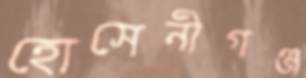
হোসেনীগঞ্জ